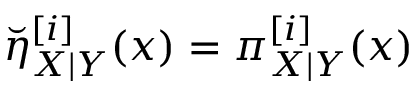
\breve { \eta } _ { X | Y } ^ { [ i ] } ( x ) = \pi _ { X | Y } ^ { [ i ] } ( x )